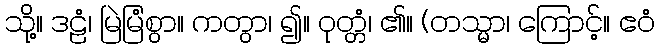
သို့။ ဒဠံ၊ မြဲမြံစွာ။ ကတွာ၊ ၍။ ဝုတ္တံ၊ ၏။ (တသ္မာ၊ ကြောင့်။ ဧဝံ